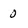
Character: 0